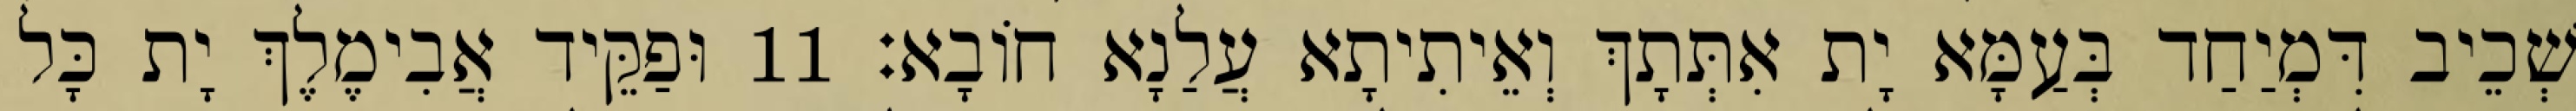
שְׁכֵיב דִּמְיַחַד בְּעַמָּא יָת אִתְּתָךְ וְאֵיתִיתָא עֲלַנָא חוֹבָא׃ 11 וּפַקֵּיד אֲבִימֶלֶךְ יָת כָּל